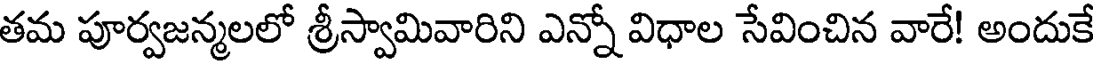
తమ పూర్వజన్మలలో శ్రీస్వామివారిని ఎన్నో విధాల సేవించిన వారే! అందుకే